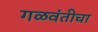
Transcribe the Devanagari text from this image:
गळवंतीचा